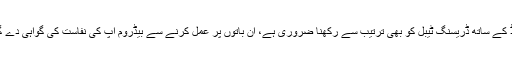
بیڈ کے ساتھ ڈریسنگ ٹیبل کو بھی ترتیب سے رکھنا ضروری ہے، ان باتوں پر عمل کرنے سے بیڈروم آپ کی نفاست کی گواہی دے گا۔